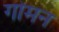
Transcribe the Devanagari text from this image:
गोमन